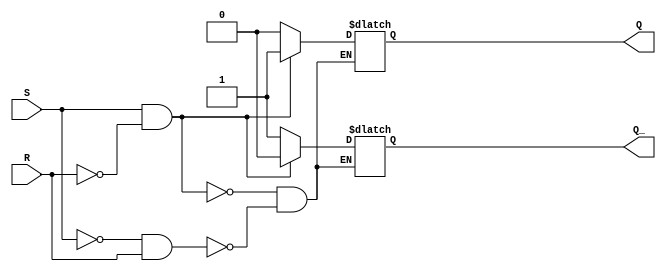
module sr_flipflop (
    input S,
    input R,
    output reg Q,
    output reg Q_
);

always @ (S, R)
begin
    if (S && !R) begin
        Q <= 1;
        Q_ <= 0;
    end else if (!S && R) begin
        Q <= 0;
        Q_ <= 1;
    end
end
endmodule